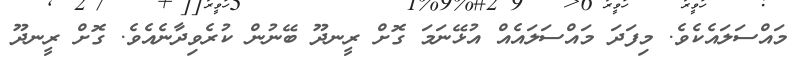
މައްސަލައެކެވެ. މިފަދަ މައްސަލައެއް އުޅޭނަމަ ގޮށް ރީނދޫ ބޭނުން ކުރެވިދާނެއެވެ. ގޮށް ރީނދޫ